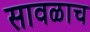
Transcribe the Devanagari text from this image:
सावळाच